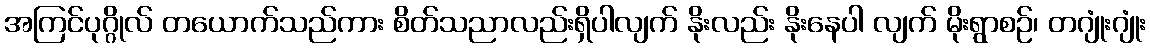
အကြင်ပုဂ္ဂိုလ် တယောက်သည်ကား စိတ်သညာလည်းရှိပါလျက် နိုးလည်း နိုးနေပါ လျက် မိုးရွာစဉ်၊ တဂျုံးဂျုံး